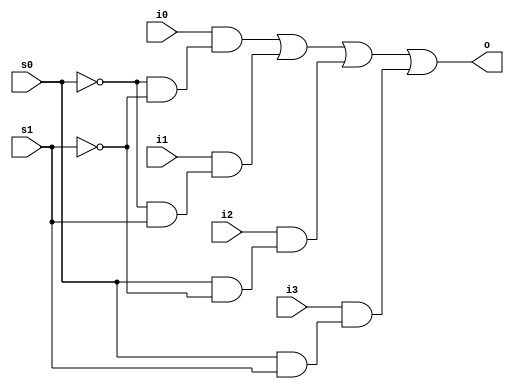
`timescale 1ns / 1ps
//////////////////////////////////////////////////////////////////////////////////
// Company: 
// Engineer: 
// 
// Design Name: 
// Module Name:    four_mux 
// Project Name: 
// Target Devices: 
// Tool versions: 
// Description: 
//
// Dependencies: 
//
// Revision: 
// Revision 0.01 - File Created
// Additional Comments: 
//
//////////////////////////////////////////////////////////////////////////////////
module four_mux(o,i0,i1,i2,i3,s0,s1);
		 input i0,i1,i2,i3,s0,s1;
		 output o;
		 wire S0,S1;
		 wire [3:0] c;
		 wire [3:0] O;
		 not (S0,s0);
		 not (S1,s1);
		 and (c[0],S0,S1);
		 and (c[1],S0,s1);
		 and (c[2],s0,S1);
		 and (c[3],s0,s1);
		 and (O[0],i0,c[0]);
		 and (O[1],i1,c[1]);
		 and (O[2],i2,c[2]);
		 and (O[3],i3,c[3]);
		 or (o,O[0],O[1],O[2],O[3]);
endmodule